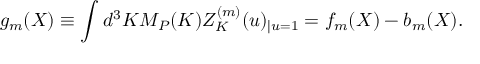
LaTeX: g _ { m } ( X ) \equiv \int d ^ { 3 } K { \cal M } _ { P } ( K ) Z _ { K } ^ { ( m ) } ( u ) _ { | u = 1 } = f _ { m } ( X ) - b _ { m } ( X ) .